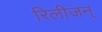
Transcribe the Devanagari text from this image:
रिलीजन्